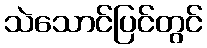
သဲသောင်ပြင်တွင်